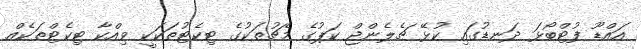
އައްޑޫ ފުޓްބޯޅަ ދަނޑުގައި ކުޅޭ ޗެލެންޖް ކަޕުގެ މެޗުތަކުގެ ޓިކެޓުތަކަކީ ވިއްކާ ޓިކެޓްތަކެއް